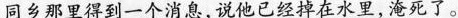
同乡那里得到一个消息，说他已经掉在水里，淹死了。